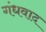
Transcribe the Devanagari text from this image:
गंधवाद